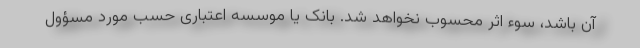
آن باشد، سوء اثر محسوب نخواهد شد. بانک یا موسسه اعتباری حسب مورد مسؤول